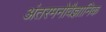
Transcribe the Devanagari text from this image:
अंतरमनोवैज्ञानिक